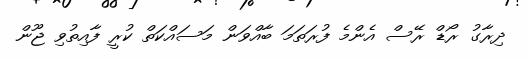
ދިރާގު ރޯޑް ރޭސް އެންމެ ފުރަތަމަ ބާއްވަން މަސައްކަތް ކުރީ ފާއިތުވި ޖޫން